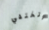
وتختفي